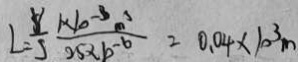
L = \frac { v } { s } \frac { 1 \times 1 0 ^ { - 3 } m ^ { 3 } } { 2 5 \times b ^ { - 6 } } = 0 . 0 4 \times 1 0 ^ { 3 } m